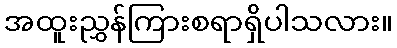
အထူးညွှန်ကြားစရာရှိပါသလား။